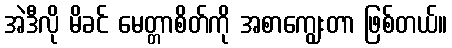
အဲဒီလို မိခင် မေတ္တာစိတ်ကို အစာကျွေးတာ ဖြစ်တယ်။